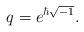
LaTeX: \begin{align*}q=e^{\hbar\sqrt{-1}}.\end{align*}